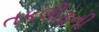
તકલીફની